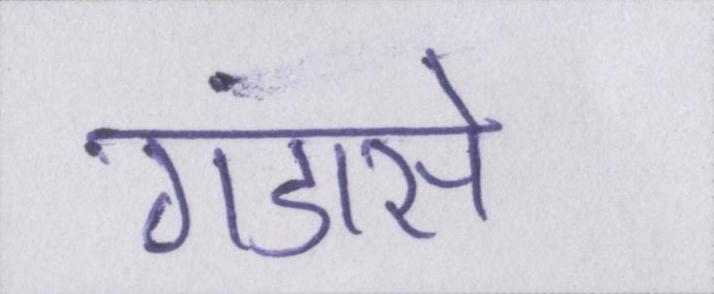
गंडासे